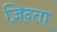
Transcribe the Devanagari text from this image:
ज़िन्ता